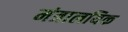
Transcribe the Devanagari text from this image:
मंत्रालयिक